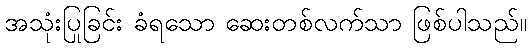
အသုံးပြုခြင်း ခံရသော ဆေးတစ်လက်သာ ဖြစ်ပါသည်။